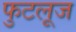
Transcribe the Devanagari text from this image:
फुटलूज